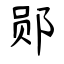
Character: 郧